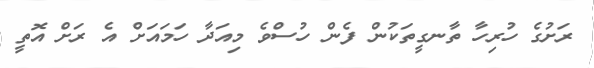
ރަށުގެ ހުރިހާ ތާނގީތަކުން ފެން ހުސްވެ މިއަދާ ހަމައަށް އެ ރަށް އޮތީ